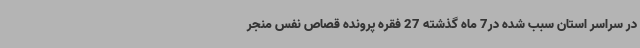
در سراسر استان سبب شده در7 ماه گذشته 27 فقره پرونده قصاص نفس منجر